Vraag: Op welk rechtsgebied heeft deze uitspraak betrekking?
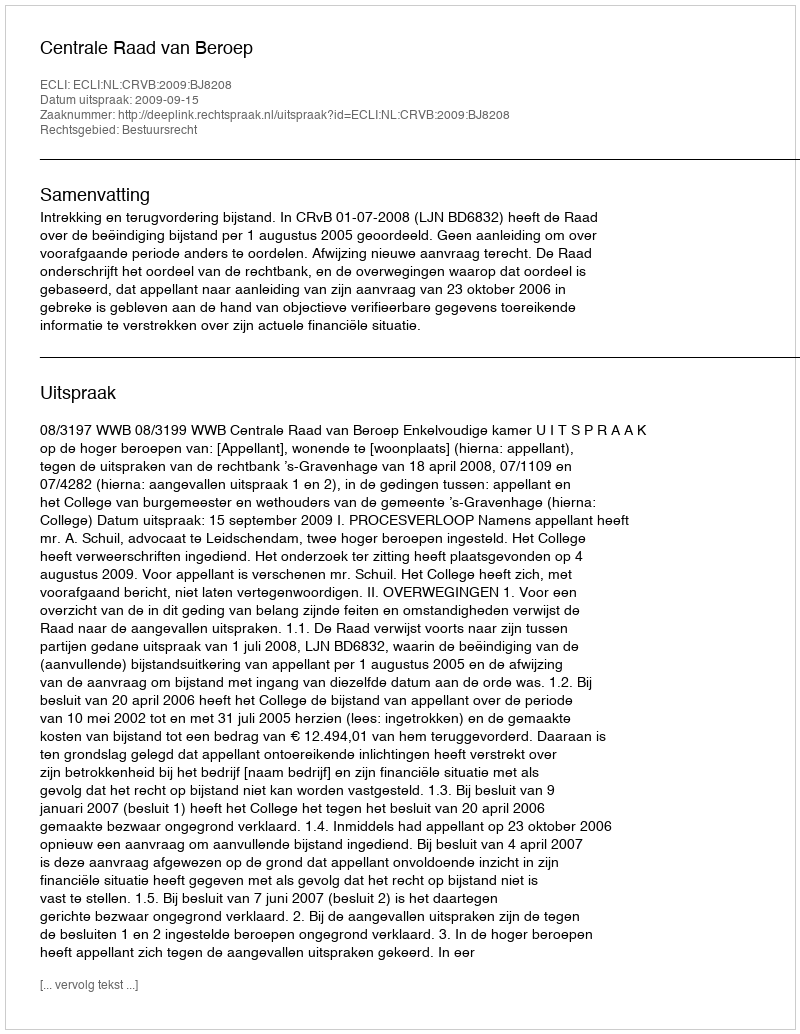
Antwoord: Bestuursrecht